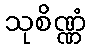
သုစိဏ္ဏံ